Lunatic asylums Punjab 1881-1894 - 1881-1894
Year: 1881
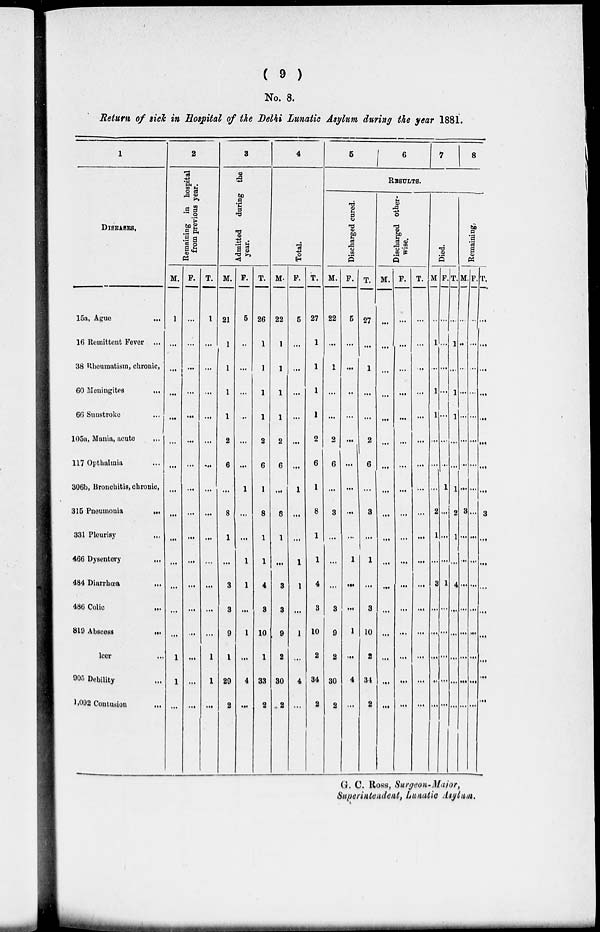
( 9 )
No. 8.
Return of sick in Hospital of the Delhi lunatic Asylum during the year 1881.
1
DISEASES.
15a, Ague
...
16 Remittent Fever ...
38 Rheumatism, chronic.
60 Meningites...
66 Sunstroke ...
105a, Mania, acute
...
117 Opthalmia ...
306b, Bronchitis, chronic,
315 Pneumonia
...
331 Pleurisy ...
466 Dysentery
...
484 Diarrhoea ...
486 Colic
...
819
Abscess...
leer
...
905 Debility ...
1,092 Contusion ...
2
Remaining in hospital
from previous year.
M.
1
...
...
...
...
...
...
...
...
...
...
...
...
...
1
1
...
F.
...
...
...
...
...
...
...
...
...
...
...
...
...
...
...
...
...
T.
1
...
...
...
...
...
...
...
...
...
...
...
...
...
1
1
...
3
Admitted during the
year.
M.
21
1
1
1
1
2
6
...
8
1
...
3
3
9
1
29
2
F.
5
..
...
...
...
...
...
1
...
...
1
1
...
1
...
4
...
T.
26
1
1
1
1
2
6
1
8
1
1
4
3
10
1
33
2
4
Total.
M.
22
1
1
1
1
2
6
...
8
1
...
3
3
9
2
30
2
F.
5
...
...
...
...
...
...
1
...
...
1
1
...
1
...
4
...
T.
27
1
1
1
1
2
6
1
8
1
1
4
3
10
2
34
2
5
6
7
8
RESULTS.
Discharged cured.
M.
22
...
1
...
...
2
6
...
3
...
...
...
3
9
2
30
2
F.
5
...
...
..
...
...
...
...
...
...
1
...
...
1
...
4
...
T.
27
...
1
...
...
2
6
...
3
...
1
...
3
10
2
34
2
Discharged other-
wise.
M.
...
...
...
...
...
...
...
...
...
...
...
...
...
...
...
...
...
F.
...
...
...
...
...
...
...
...
...
...
...
...
...
...
...
...
...
T.
...
...
...
...
...
...
...
...
...
...
...
...
...
...
...
...
...
Died.
M
...
1
...
1
1
...
...
...
2
1
...
3
...
...
...
..
...
F.
...
...
...
...
...
...
...
1
...
...
...
1
...
...
...
...
...
T.
...
1
...
1
1
...
...
1
2
1
...
4
...
...
...
...
...
Remaining,
M
...
...
...
...
...
...
...
...
3
...
...
...
...
...
...
...
...
F.
...
...
...
...
...
...
...
...
...
...
...
...
...
...
...
...
...
T.
...
...
...
...
...
...
...
...
3
...
...
...
...
...
...
...
...
G. C. Ross, Surgeon-Major,
Superintendent, Lunatic Asylum.